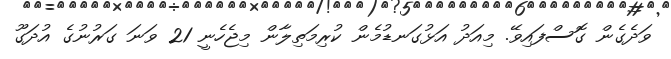
ވަދެގެން ގޮސްފައިވޭ. މިއަދު އަޅުގަނޑުމެން ކުރިމަތިލާން މިޖެހެނީ 21 ވަނަ ގަރުނުގެ އުދަގޫ